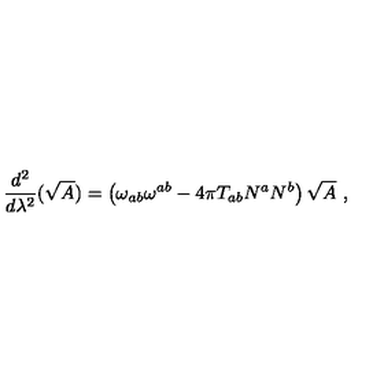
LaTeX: \frac { d ^ { 2 } } { d \lambda ^ { 2 } } ( \sqrt { A } ) = \left( \omega _ { a b } \omega ^ { a b } - 4 \pi T _ { a b } N ^ { a } N ^ { b } \right) \sqrt { A } \ ,